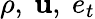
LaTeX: \rho,~\mathbf{u},~e_{t}